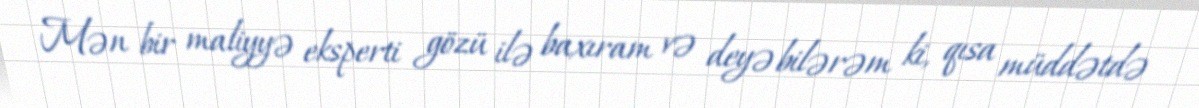
Mən bir maliyyə eksperti gözü ilə baxıram və deyə bilərəm ki, qısa müddətdə